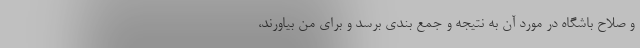
و صلاح باشگاه در مورد آن به نتیجه و جمع بندی برسد و برای من بیاورند،